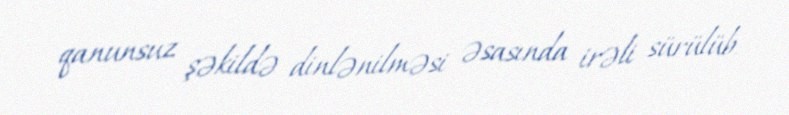
qanunsuz şəkildə dinlənilməsi əsasında irəli sürülüb.